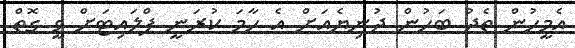
އެމީހުން ތެދު ބަހުން ދުނިޔެއަށް އެ ހާމަ ކުރަނީ ފްލައިޓަށް ވީ ގޮތް